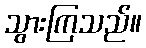
သွားကြသည်။